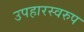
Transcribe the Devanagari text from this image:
उपहारस्वरुप